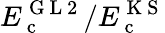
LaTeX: E_{\mathrm{~c~}}^{\mathrm{~G~L~2~}}/E_{\mathrm{~c~}}^{\mathrm{~K~S~}}